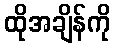
ထိုအချိန်ကို